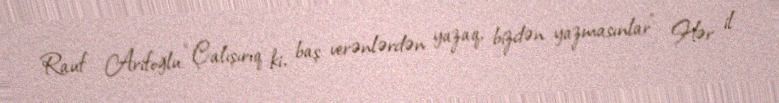
Rauf Arifoğlu: “Çalışırıq ki, baş verənlərdən yazaq, bizdən yazmasınlar” Hər il